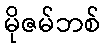
မိုဇမ်ဘစ်